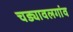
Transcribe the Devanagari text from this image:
चड्यावलगांव